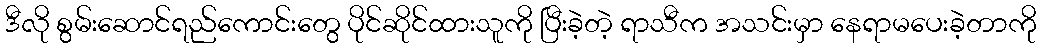
ဒီလို စွမ်းဆောင်ရည်ကောင်းတွေ ပိုင်ဆိုင်ထားသူကို ပြီးခဲ့တဲ့ ရာသီက အသင်းမှာ နေရာမပေးခဲ့တာကို